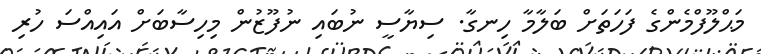
މަޙްލޫފްމެންގެ ފަހަތަށް ބަލާމާ ހިނގާ. ސިޔާސީ ނުބައި ނުފޫޒުން މިހިސާބަށް އައިއްސަ ހުރި